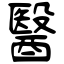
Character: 醫